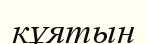
кұятын